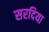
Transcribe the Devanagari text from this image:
सरदिया